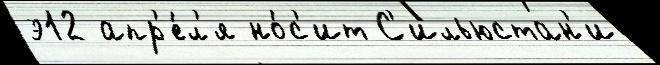
э12 апр'е́л'я но́с'ит С'ильюстан'и